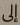
إلى